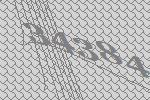
34384